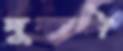
দুঙ্গাটা